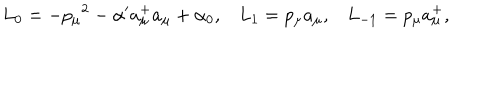
L _ { 0 } = - { p _ { \mu } } ^ { 2 } - \alpha ^ { \prime } a _ { \mu } ^ { + } a _ { \mu } + \alpha _ { 0 } , L _ { 1 } = p _ { \mu } a _ { \mu } , L _ { - 1 } = p _ { \mu } a _ { \mu } ^ { + } ,